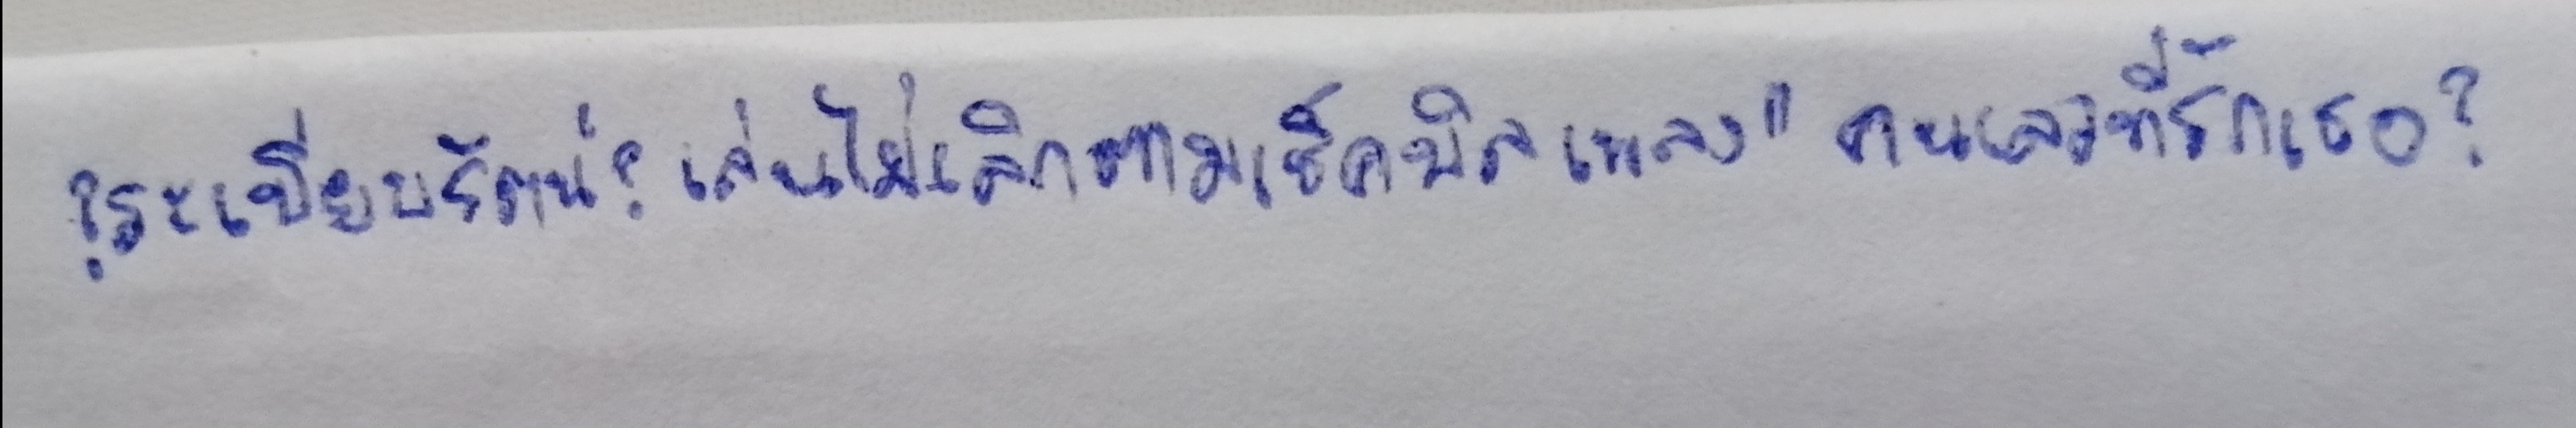
?ระเบียบรัตน์?เล่นไม่เลิกตามเช็คบิลเพลง"คนเลวที่รักเธอ?